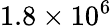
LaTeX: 1.8\times 10^{6}